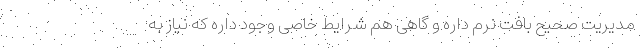
مدیریت صحیح بافت نرم داره و گاهی هم شرایط خاصی وجود داره که نیاز به